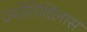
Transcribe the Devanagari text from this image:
ज्योतिर्विलास